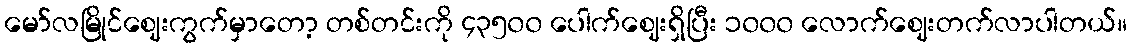
မော်လမြိုင်ဈေးကွက်မှာတော့ တစ်တင်းကို ၄၃၅၀၀ ပေါက်ဈေးရှိပြီး ၁၀၀၀ လောက်ဈေးတက်လာပါတယ်။